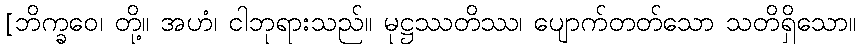
[ဘိက္ခဝေ၊ တို့။ အဟံ၊ ငါဘုရားသည်။ မုဋ္ဌဿတိဿ၊ ပျောက်တတ်သော သတိရှိသော။